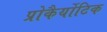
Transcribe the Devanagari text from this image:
प्रोकैर्योटिक